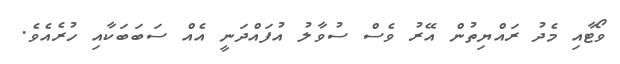
ވޯޓާއި މެދު ރައްޔިތުން އޭރު ވެސް ސުވާލު އުފައްދަނީ އެއް ސަބަބަކާއި ހުރެއެވެ.